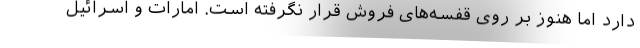
دارد اما هنوز بر روی قفسه‌های فروش قرار نگرفته است. امارات و اسرائیل